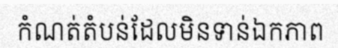
កំណត់តំបន់ដែលមិនទាន់ឯកភាព